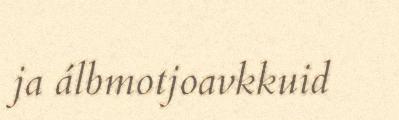
ja álbmotjoavkkuid